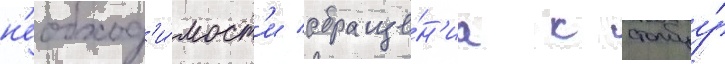
н'еобход'и́мост'и обраще́н'иа к столбцу́